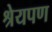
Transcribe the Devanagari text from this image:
श्रेयपण